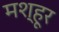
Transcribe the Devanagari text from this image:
मश्‍हूर